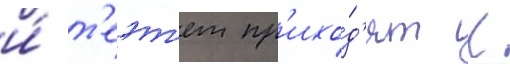
и́ т'еэт'ет пр'ихо́д'ят к